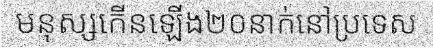
មនុស្សកើនឡើង២០នាក់នៅប្រទេស